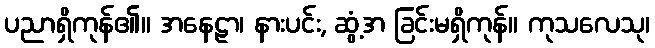
ပညာရှိကုန်၏။ အနေဠာ၊ နားပင်း, ဆွံ့အ ခြင်းမရှိကုန်။ ကုသလေသု၊